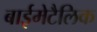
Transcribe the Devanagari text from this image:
बाईमेटैलिक